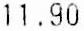
11.90